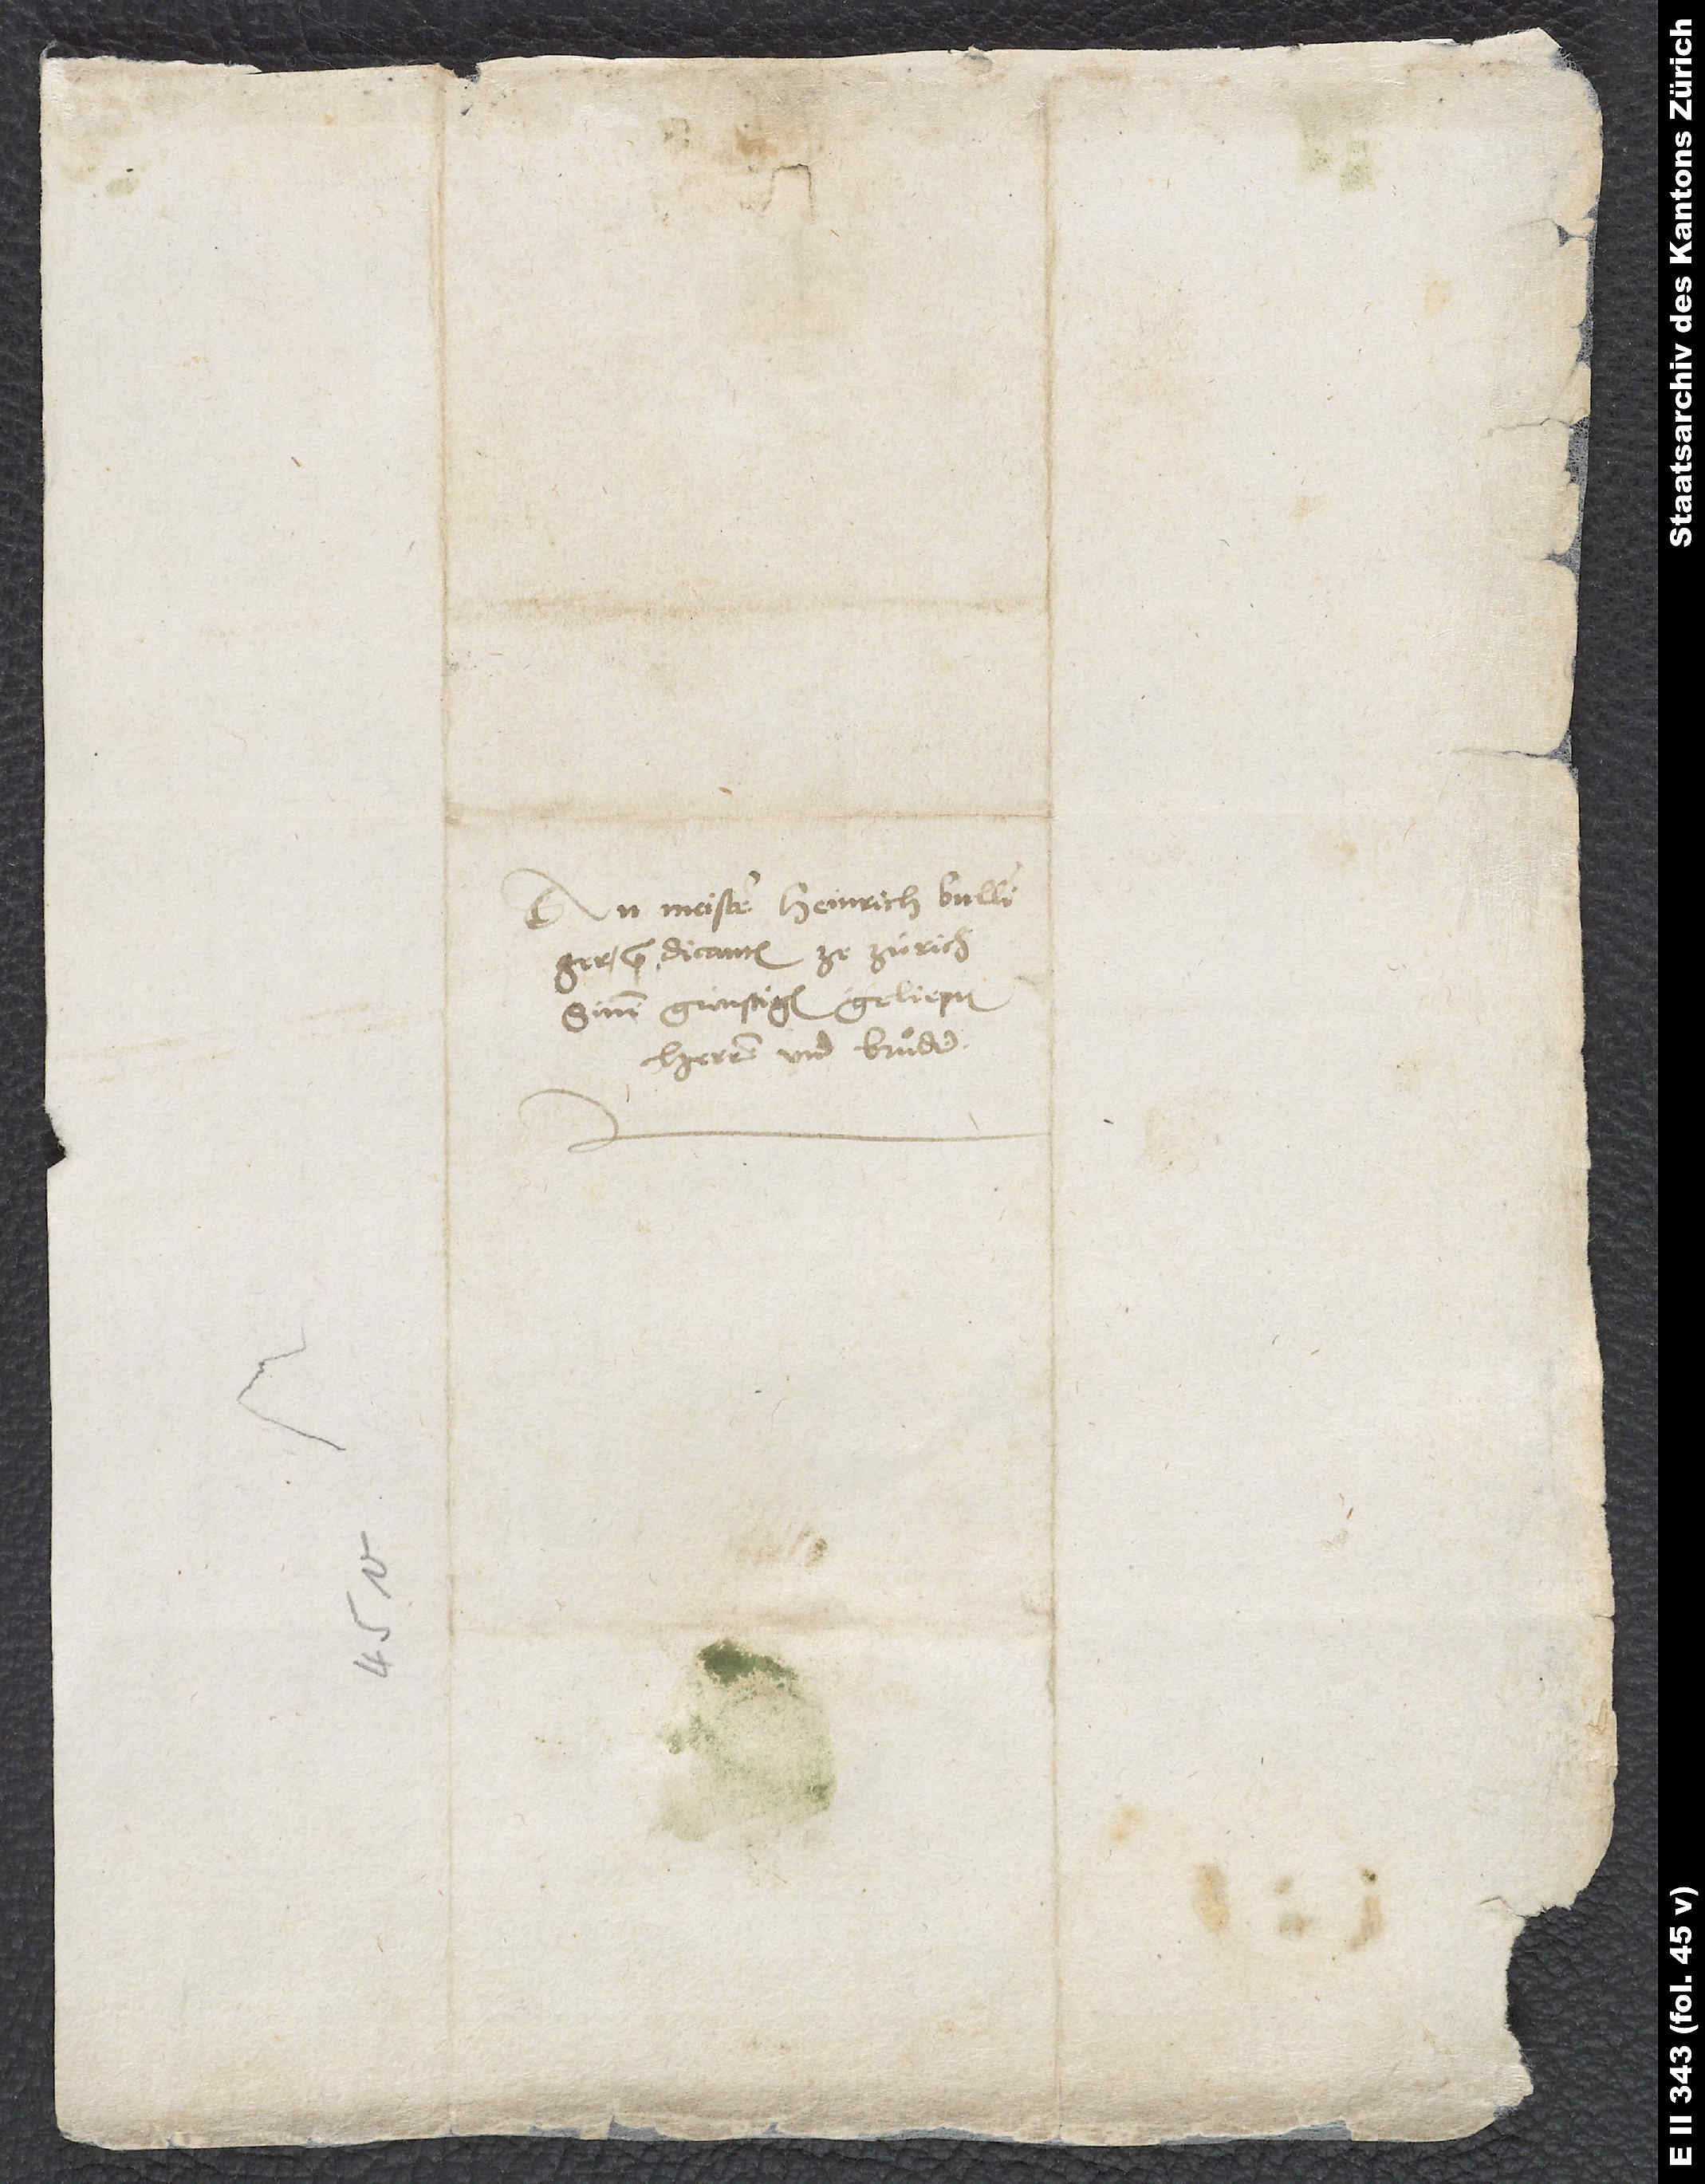
An Meister Heinrich Bullinger,
predicanten ze Zürich,
sinen günstigen, geliepten
herren und bruͤder.